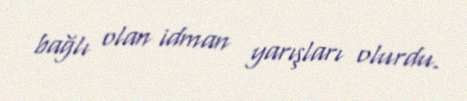
bağlı olan idman yarışları olurdu.